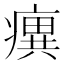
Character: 𤺆